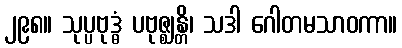
၂၉၈။ သုပ္ပဗုဒ္ဓံ ပဗုဇ္ဈန္တိ၊ သဒါ ဂေါတမသာဝကာ။